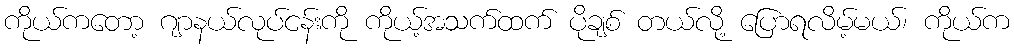
ကိုယ်ကတော့ ဂျာနယ်လုပ်ငန်းကို ကိုယ့်အသက်ထက် ပိုချစ် တယ်လို့ ပြောရလိမ့်မယ်၊ ကိုယ်က